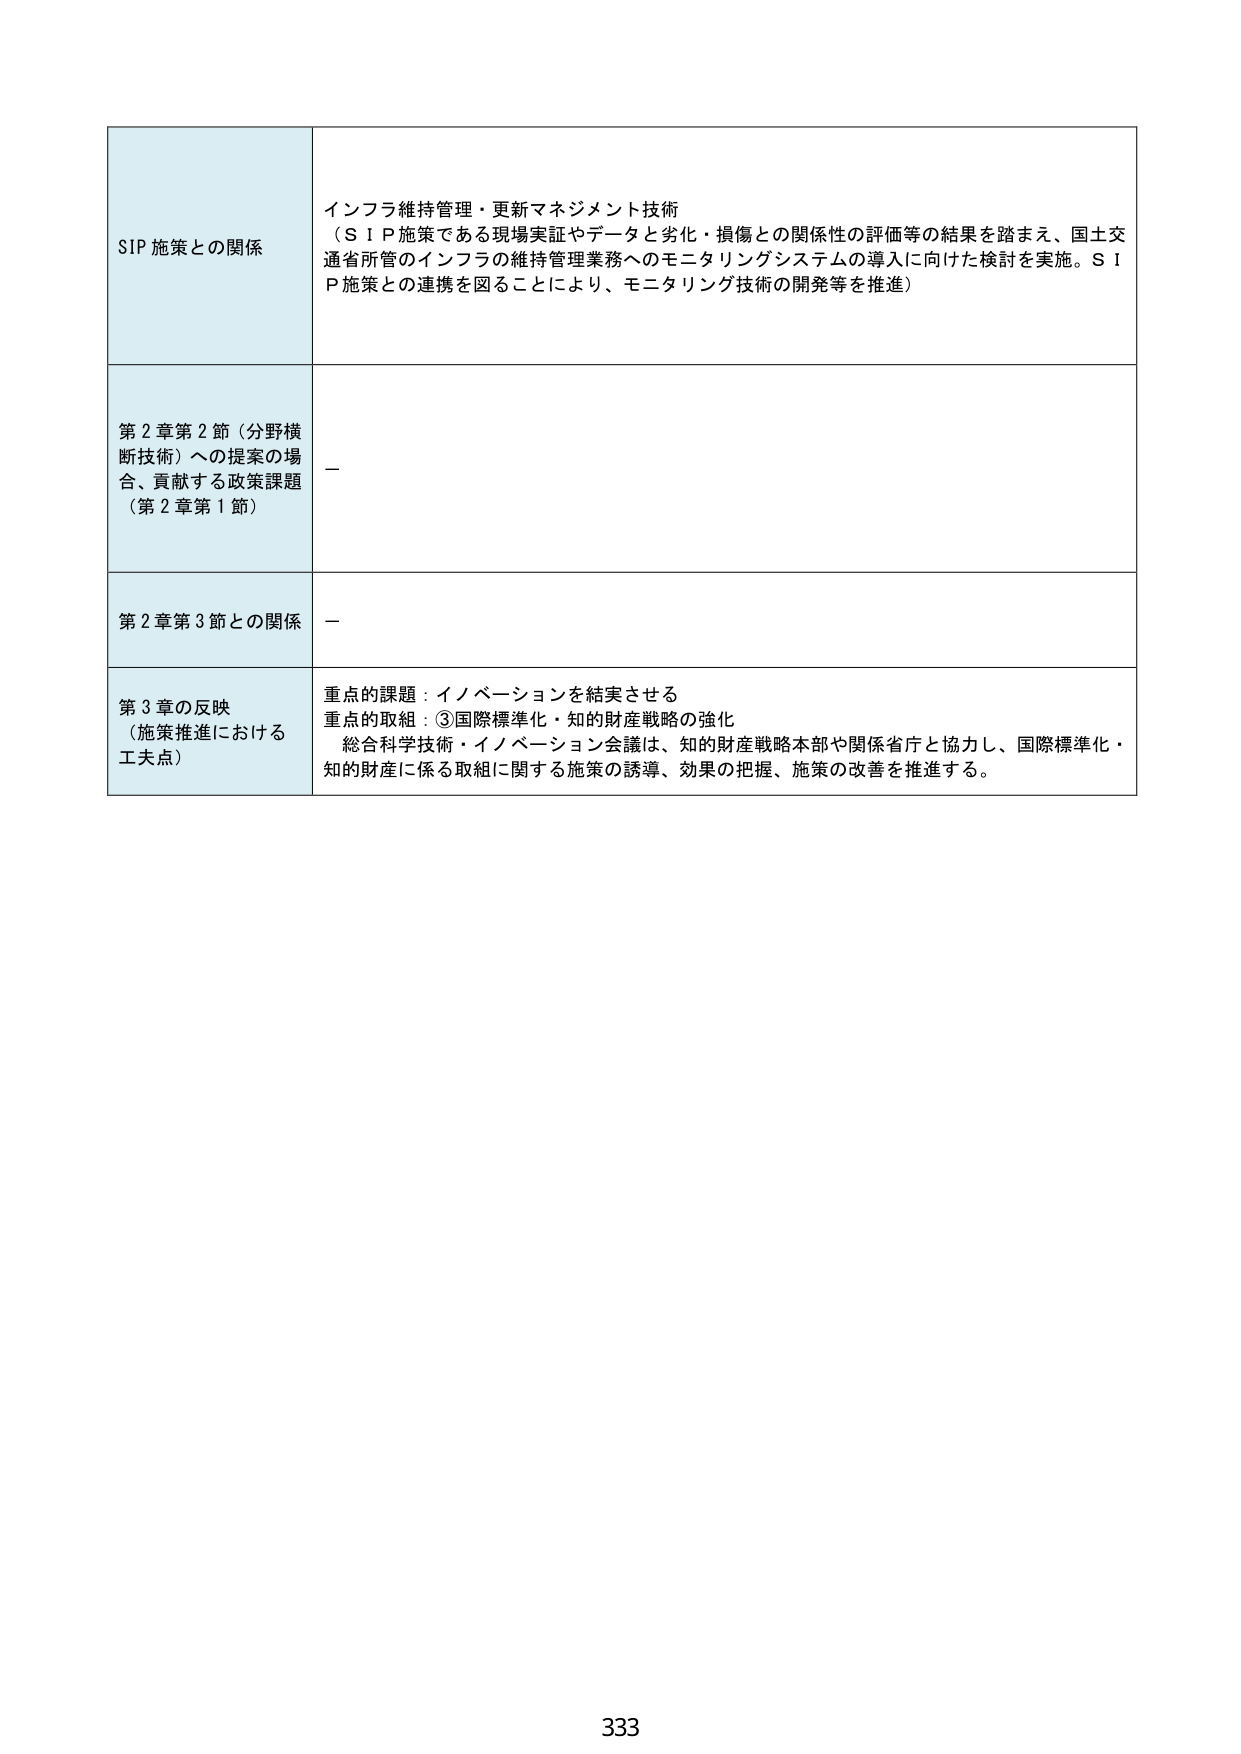
SIP施策との関係
インフラ維持管理・更新マネジメント技術
（S I P施策である現場実証やデータと劣化・損傷との関係性の評価等の結果を踏まえ、国土交通省所管のインフラの維持管理業務へのモニタリングシステムの導入に向けた検討を実施。S I P施策との連携を図ることにより、モニタリング技術の開発等を推進）

第2章第2節（分野横断技術）への提案の場合、貢献する政策課題（第2章第1節）
－

第2章第3節との関係
－

第3章の反映（施策推進における工夫点）
重点的課題：イノベーションを結実させる
重点的取組：③国際標準化・知的財産戦略の強化
総合科学技術・イノベーション会議は、知的財産戦略本部や関係省庁と協力し、国際標準化・知的財産に係る取組に関する施策の誘導、効果の把握、施策の改善を推進する。

333